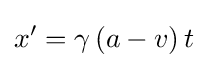
x'=\gamma \left(a-v\right)t